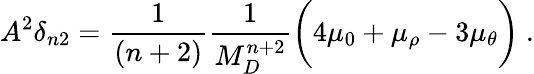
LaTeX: A^{2}\delta_{n2}=\frac{1}{(n+2)}\frac{1}{M_{D}^{n+2}}\bigg(4\mu_{0}+\mu_{\rho}-3\mu_{\theta}\bigg)~.